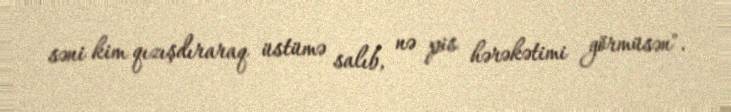
səni kim qızışdıraraq üstümə salıb, nə pis hərəkətimi görmüsən".